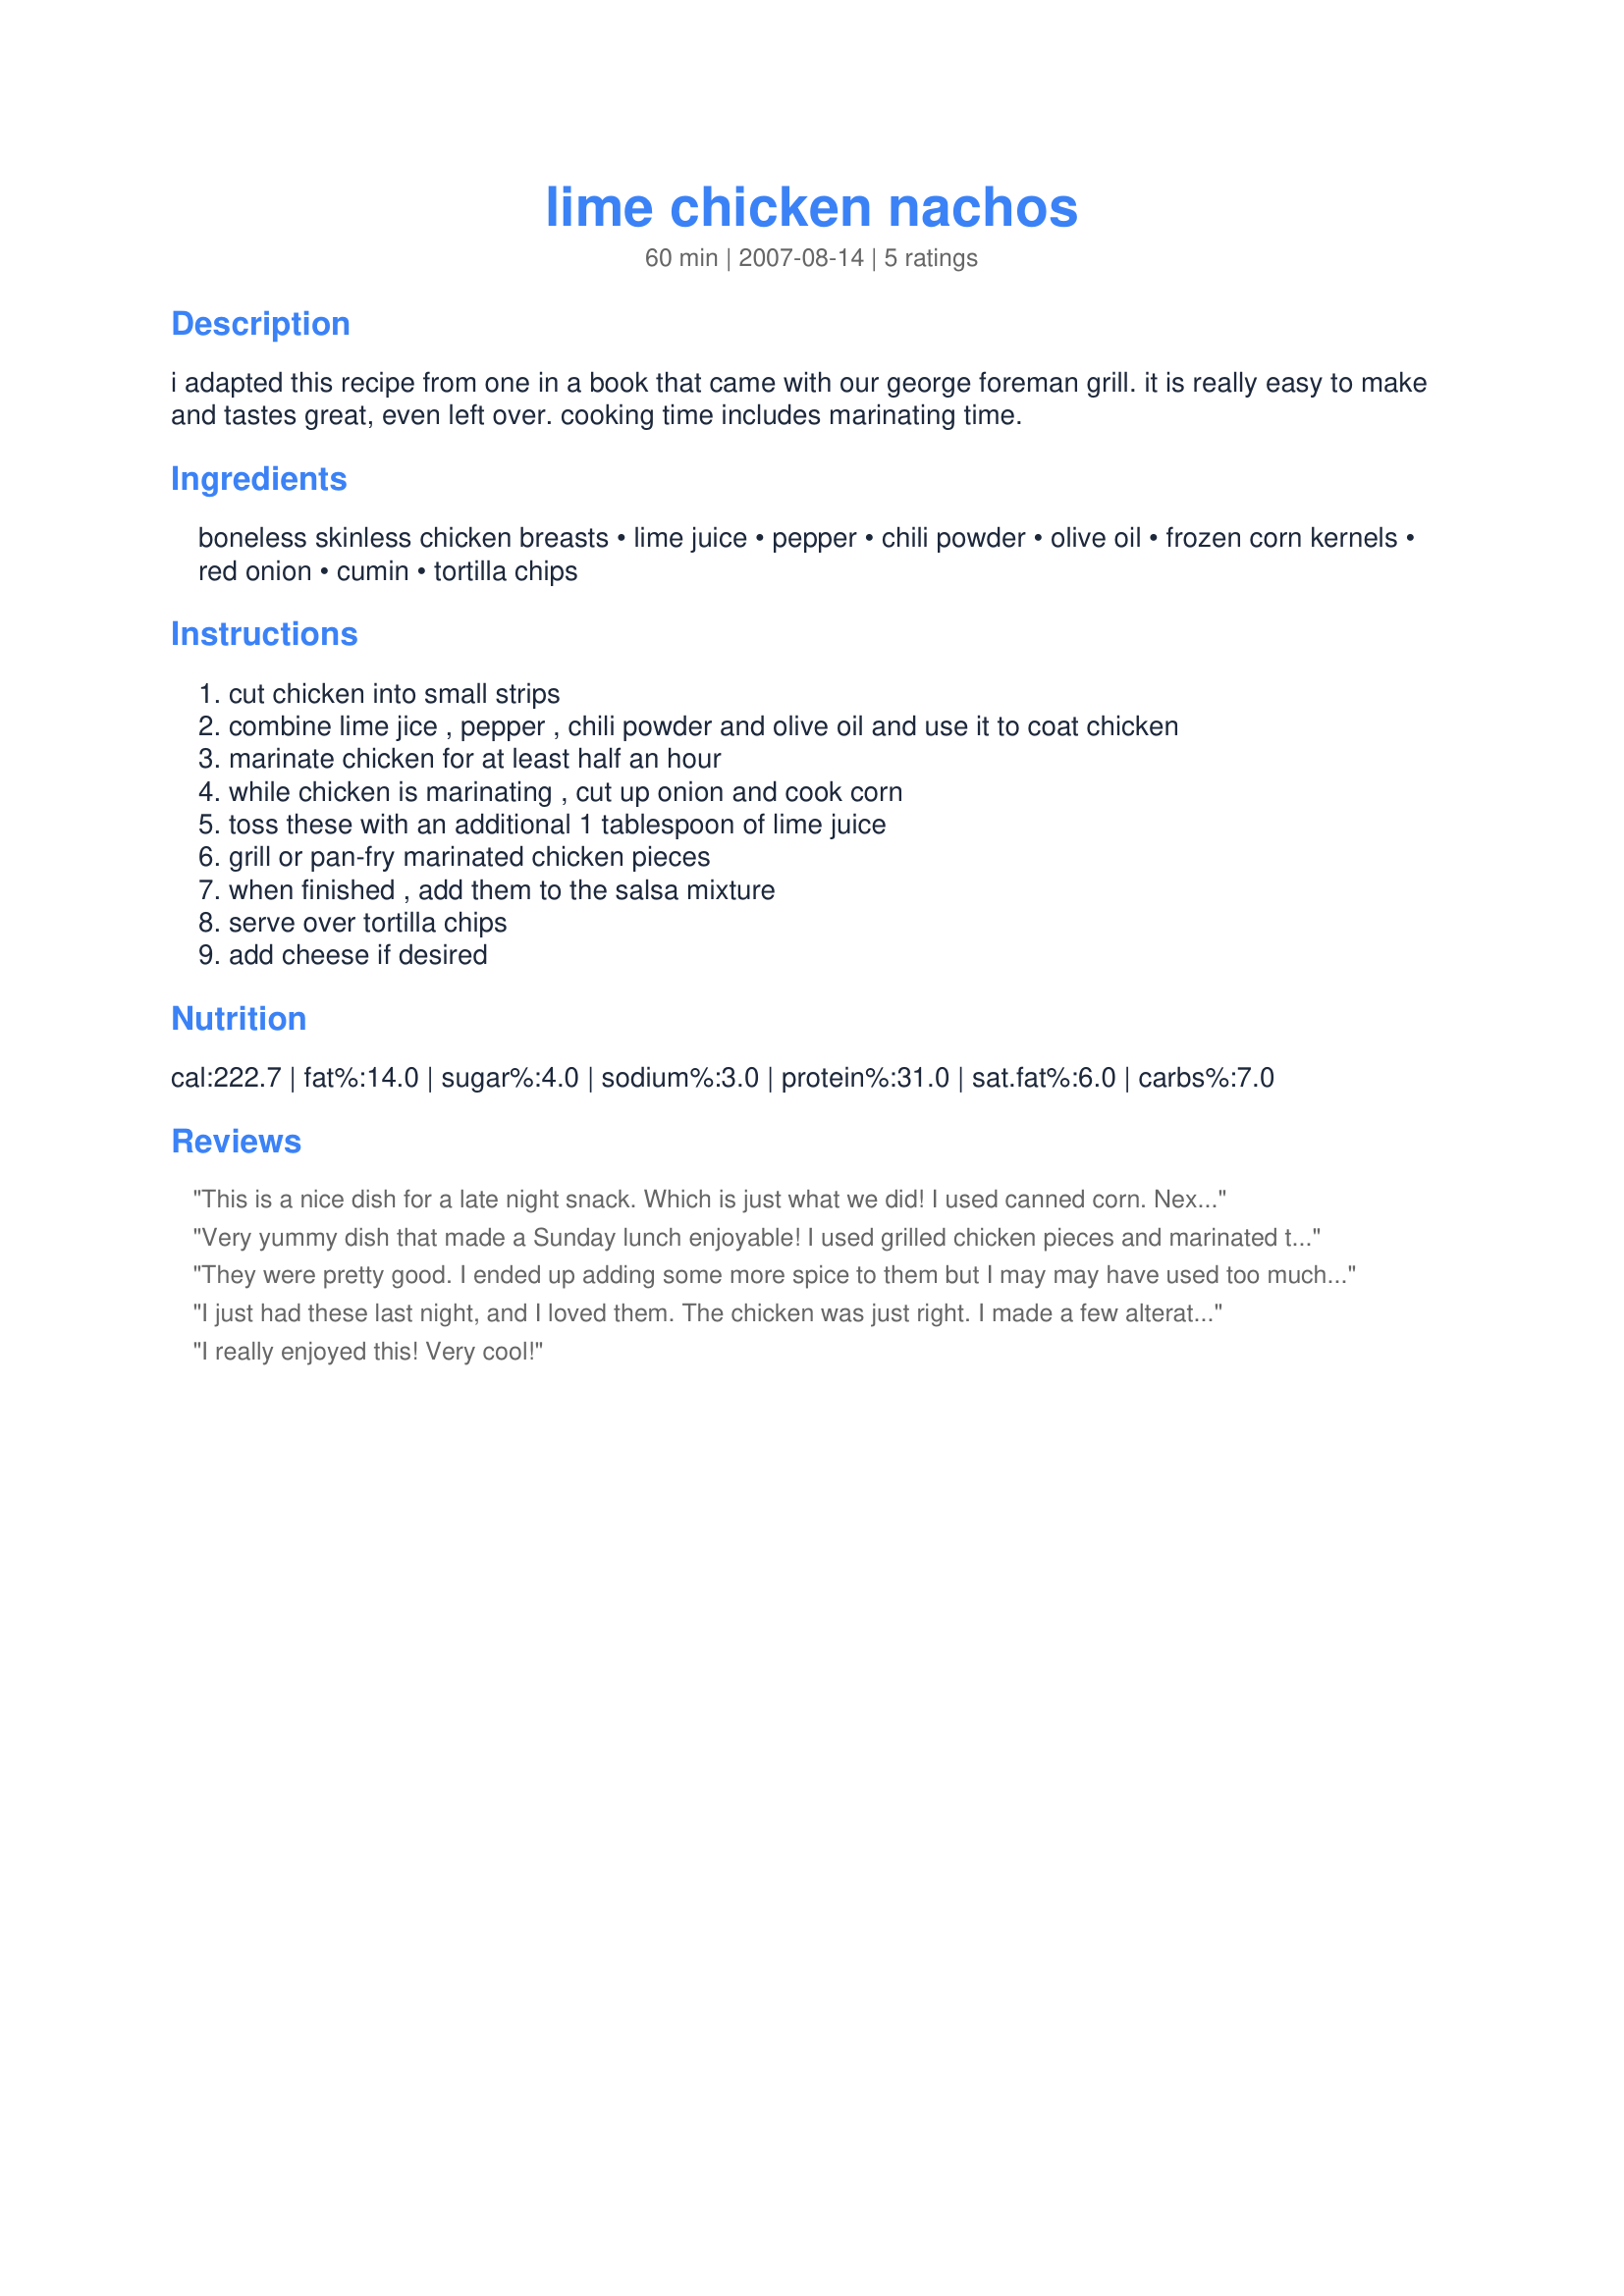
lime chicken nachos
Preparation time: 60 minutes

i adapted this recipe from one in a book that came with our george foreman grill. it is really easy to make and tastes great, even left over. cooking time includes marinating time.

Ingredients:
boneless skinless chicken breasts, lime juice, pepper, chili powder, olive oil, frozen corn kernels, red onion, cumin, tortilla chips

Steps:
cut chicken into small strips
combine lime jice , pepper , chili powder and olive oil and use it to coat chicken
marinate chicken for at least half an hour
while chicken is marinating , cut up onion and cook corn
toss these with an additional 1 tablespoon of lime juice
grill or pan-fry marinated chicken pieces
when finished , add them to the salsa mixture
serve over tortilla chips
add cheese if desired

Reviews:
This is a nice dish for a late night snack. Which is just what we did! I used canned corn. Next time, and there will be a next time, I may use more chili powder or some red pepper flakes. I think sour cream would also add a nice touch.
Very yummy dish that made a Sunday lunch enjoyable! I used grilled chicken pieces and marinated them for about 2 hours. I cooked the corn, and then threw the corn and the onions in with the chicken to cook, adding a little bit more chili powder and lime juice. Then I threw it over chips, melted cheese on top, and topped it with some sour cream. Very nice chicken flavor! Thanks for posting!
They were pretty good. I ended up adding some more spice to them but I may may have used too much chicken, as I used tenders and didn't really pay attention to how much chicken I had. I added the cumin to the final mix as the instructions did not say when to add it.
I just had these last night, and I loved them. The chicken was just right. I made a few alterations. I used white onion and cooked it with my chicken. I used canned corn and added black beans. I warmed the chips in the oven, and we added sour cream, cheese and jalapenos to the top. Wonderful!
I really enjoyed this! Very cool!
